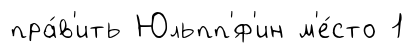
пра́в'ить Юльпп'́ф'ин м'е́сто 1